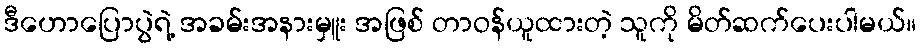
ဒီဟောပြောပွဲရဲ့ အခမ်းအနားမှူး အဖြစ် တာဝန်ယူထားတဲ့ သူကို မိတ်ဆက်ပေးပါမယ်။